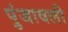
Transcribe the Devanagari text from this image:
पुंजावली